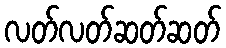
လတ်လတ်ဆတ်ဆတ်